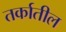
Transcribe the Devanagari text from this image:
तर्कातील